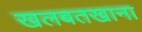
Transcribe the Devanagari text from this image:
खलबतखाना